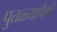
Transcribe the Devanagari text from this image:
पुतळ्यापैकी